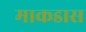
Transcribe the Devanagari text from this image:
माकडास